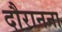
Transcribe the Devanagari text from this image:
दौरानना